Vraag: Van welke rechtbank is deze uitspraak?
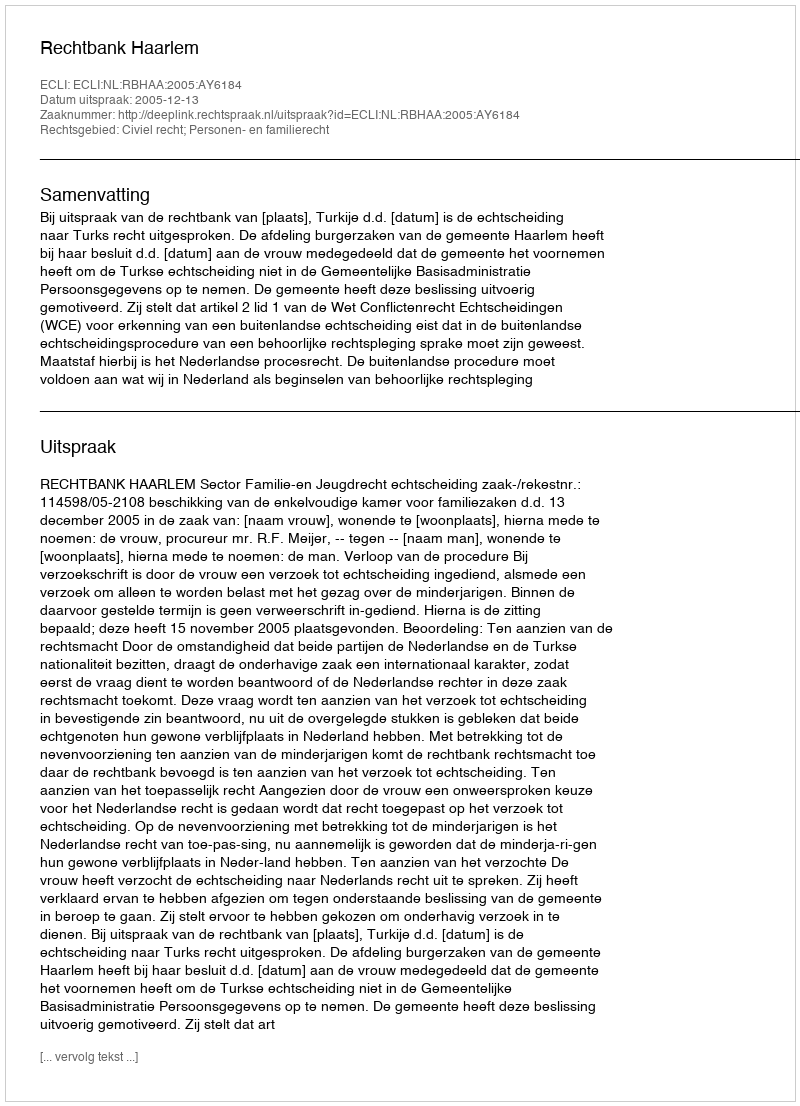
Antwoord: Rechtbank Haarlem